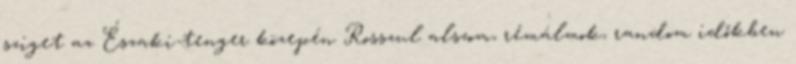
sziget az Északi-tenger közepén Rosszul alszom, rémálmok, random időkben